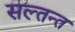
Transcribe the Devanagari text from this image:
सल्तन्त